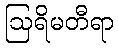
ဩရိမတီရာ